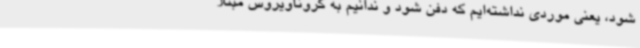
شود، یعنی موردی نداشته‌ایم که دفن شود و ندانیم به کروناویروس مبتلا